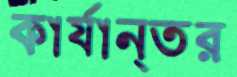
কার্যান্তর